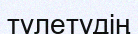
түлетудің